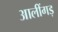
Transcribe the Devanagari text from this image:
आलींगड़